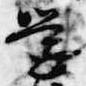
学